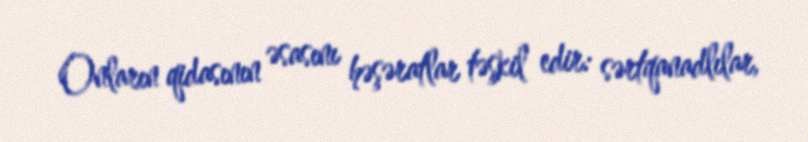
Onların qidasının əsasını həşəratlar təşkil edir: sərtqanadlılar,